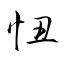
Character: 忸